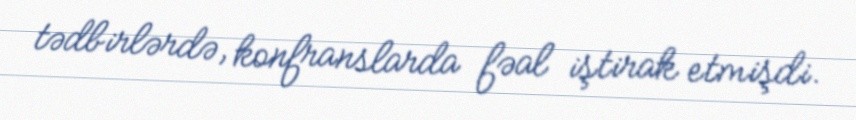
tədbirlərdə, konfranslarda fəal iştirak etmişdi.